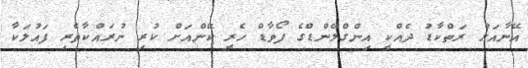
އޭނާއަށް ރަތްކާޑު ދެއްކީ އިންގްލޭންޑްގެ ފޯވާޑް ހެރީ ކޭންއަށް ކުރި ނުރައްކާތެރި ފައުލަކާ